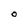
Character: O